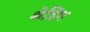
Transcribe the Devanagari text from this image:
शेडिंग